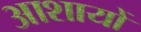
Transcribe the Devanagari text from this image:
आशायों